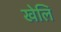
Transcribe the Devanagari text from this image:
खेलि